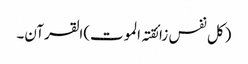
(کل نفس زائقتہ الموت)القرآن۔